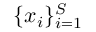
\{ { x } _ { i } \} _ { i = 1 } ^ { S }